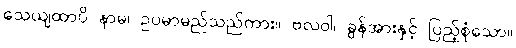
သေယျထာပိ နာမ၊ ဥပမာမည်သည်ကား။ ဗလဝါ၊ ခွန်အားနှင့် ပြည့်စုံသော။